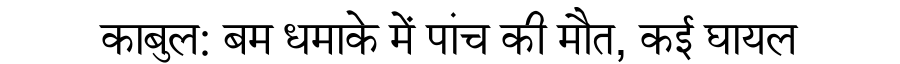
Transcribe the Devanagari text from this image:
काबुल: बम धमाके में पांच की मौत, कई घायल